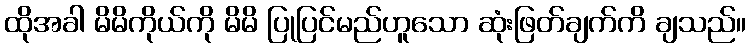
ထိုအခါ မိမိကိုယ်ကို မိမိ ပြုပြင်မည်ဟူသော ဆုံးဖြတ်ချက်ကိ ချသည်။